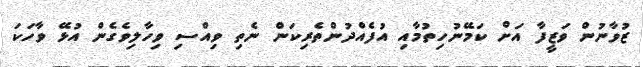
ޒުވާނުން ވަޒީފާ އަށް ކަމޭނުހިތުމާއި އުފެއްދުންތެރިކަން ނެތި ވިއްސި ވިހާލިވެގެން އުޅޭ ވާހަކަ